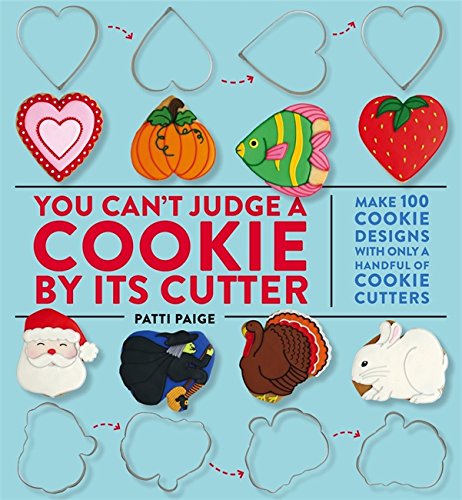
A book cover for You Can't Judge a Cookie by Its Cutter: Make 100 Cookie Designs with Only a Handful of Cookie Cutters; Patti Paige; Cookbooks, Food & Wine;